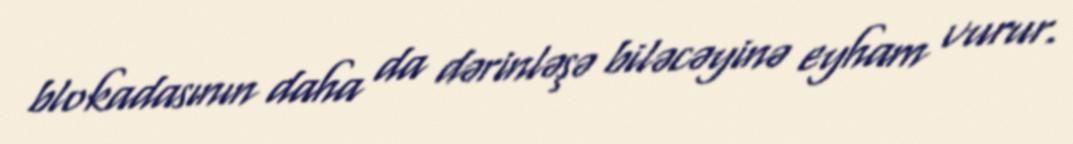
blokadasının daha da dərinləşə biləcəyinə eyham vurur.